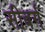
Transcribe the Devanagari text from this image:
सीबर्ग